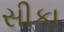
સીકા